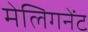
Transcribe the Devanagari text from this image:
मेलिगनेंट